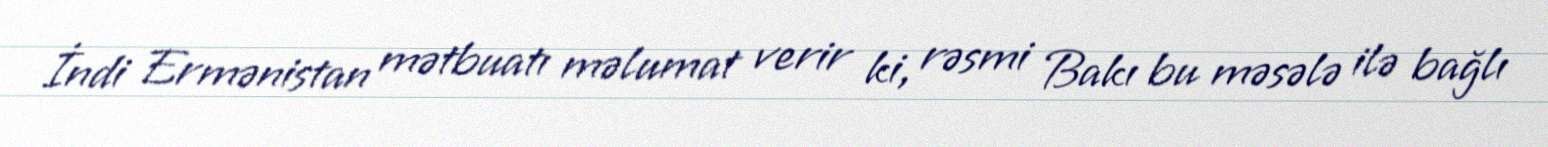
İndi Ermənistan mətbuatı məlumat verir ki, rəsmi Bakı bu məsələ ilə bağlı